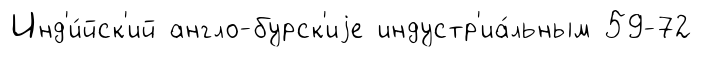
Инд'и́йск'ий англо-бурск'иjе индустр'иа́льным 59-72